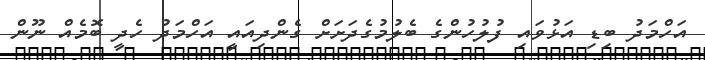
އަހްމަދު ބިޑި އަޅުވައި ފުލުހުންގެ ބެލުމުގެދަށަށް ގެންދިއައީ އަހްމަދު ހެދީ ބޮމެއް ނޫން